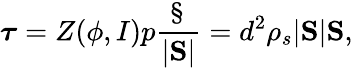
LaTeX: \boldsymbol{\tau}=Z(\phi,I)p\frac{\S}{|\mathrm{\mathbf S}|}=d^{2}\rho_{s}|\mathrm{\mathbf S}|\mathrm{\mathbf S},